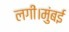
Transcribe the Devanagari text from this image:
लगीं।मुंबई